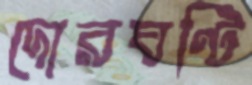
দোরঘণ্টি